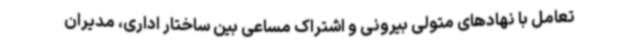
تعامل با نهادهای متولی بیرونی و اشتراک مساعی بین ساختار اداری، مدیران